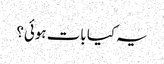
یہ کیا بات ہوئی؟